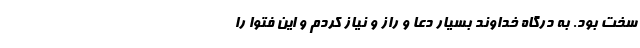
سخت بود. به درگاه خداوند بسیار دعا و راز و نیاز کردم و این فتوا را